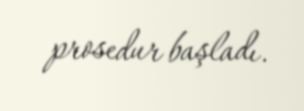
prosedur başladı.